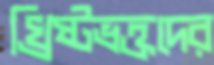
খ্রিষ্টভক্তদের